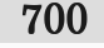
700